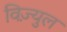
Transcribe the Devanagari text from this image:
विज़्युल